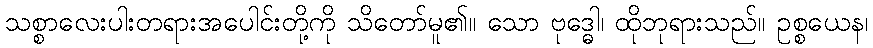
သစ္စာလေးပါးတရားအပေါင်းတို့ကို သိတော်မူ၏။ သော ဗုဒ္ဓေါ၊ ထိုဘုရားသည်။ ဥစ္စယေန၊